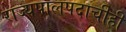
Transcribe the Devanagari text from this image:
राज्यपालपदाचीही